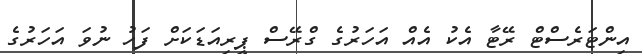
އިންޓަރެސްޓް ރޭޓާ އެކު އެއް އަހަރުގެ ގްރޭސް ޕީރިއަޑަކަށް ފަހު ނުވަ އަހަރުގެ